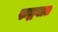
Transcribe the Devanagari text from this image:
रुद्धवात